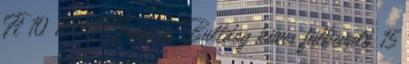
Ft 10 150 Ft Francia Bulldog köves fülbevaló 15